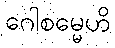
ဂေါစမ္မေဟိ